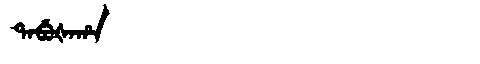
Manchu: ᡨᠠᠪᡠᡧᠠᡥᠠ
Romanization: TABUŠAHA